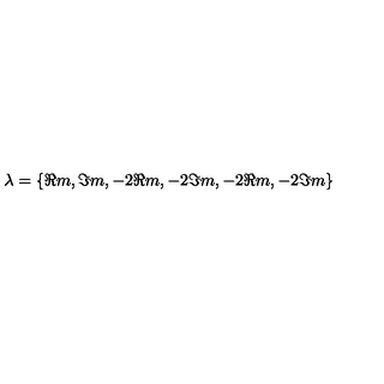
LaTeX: \lambda = \{ \Re m , \Im m , - 2 \Re m , - 2 \Im m , - 2 \Re m , - 2 \Im m \}